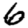
Digit: 6